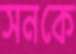
সনকে